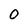
Character: 0